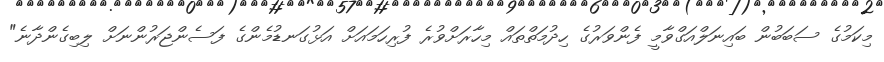
މިކަމުގެ ސަބަބުން ބައިނަލްއަގްވާމީ ފެންވަރުގެ ހިދުމަތްތައް މިހާރަށްވުރެ ފުރިހަމައަށް އަޅުގަނޑުމެންގެ ފަސެންޖަރުންނަށް ލިބިގެންދާނެ"